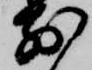
前